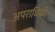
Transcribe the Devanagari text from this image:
अपराधिकी